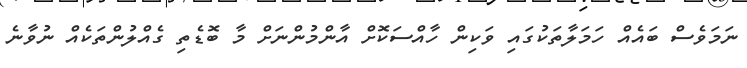
ނަމަވެސް ބައެއް ހަމަލާތަކުގައި ވަކިން ހާއްސަކޮށް އާންމުންނަށް މާ ބޮޑެތި ގެއްލުންތަކެއް ނުވާނެ